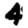
Digit: 4